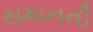
સમાનની